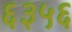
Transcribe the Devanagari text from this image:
६३५६